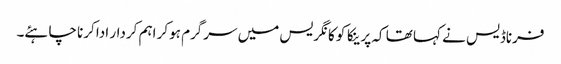
فرناڈیس نے کہا تھا کہ پرینکا کو کانگریس میں سرگرم ہوکر اہم کردار ادا کرنا چاہئے۔